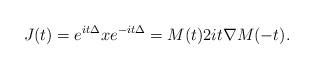
LaTeX: \begin{align*}J(t) = e^{it\Delta} x e^{-it\Delta} = M(t) 2it\nabla M(-t).\end{align*}